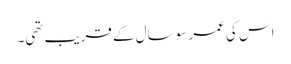
اس کی عمر سو سال کے قریب تھی۔